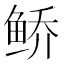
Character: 𱇩